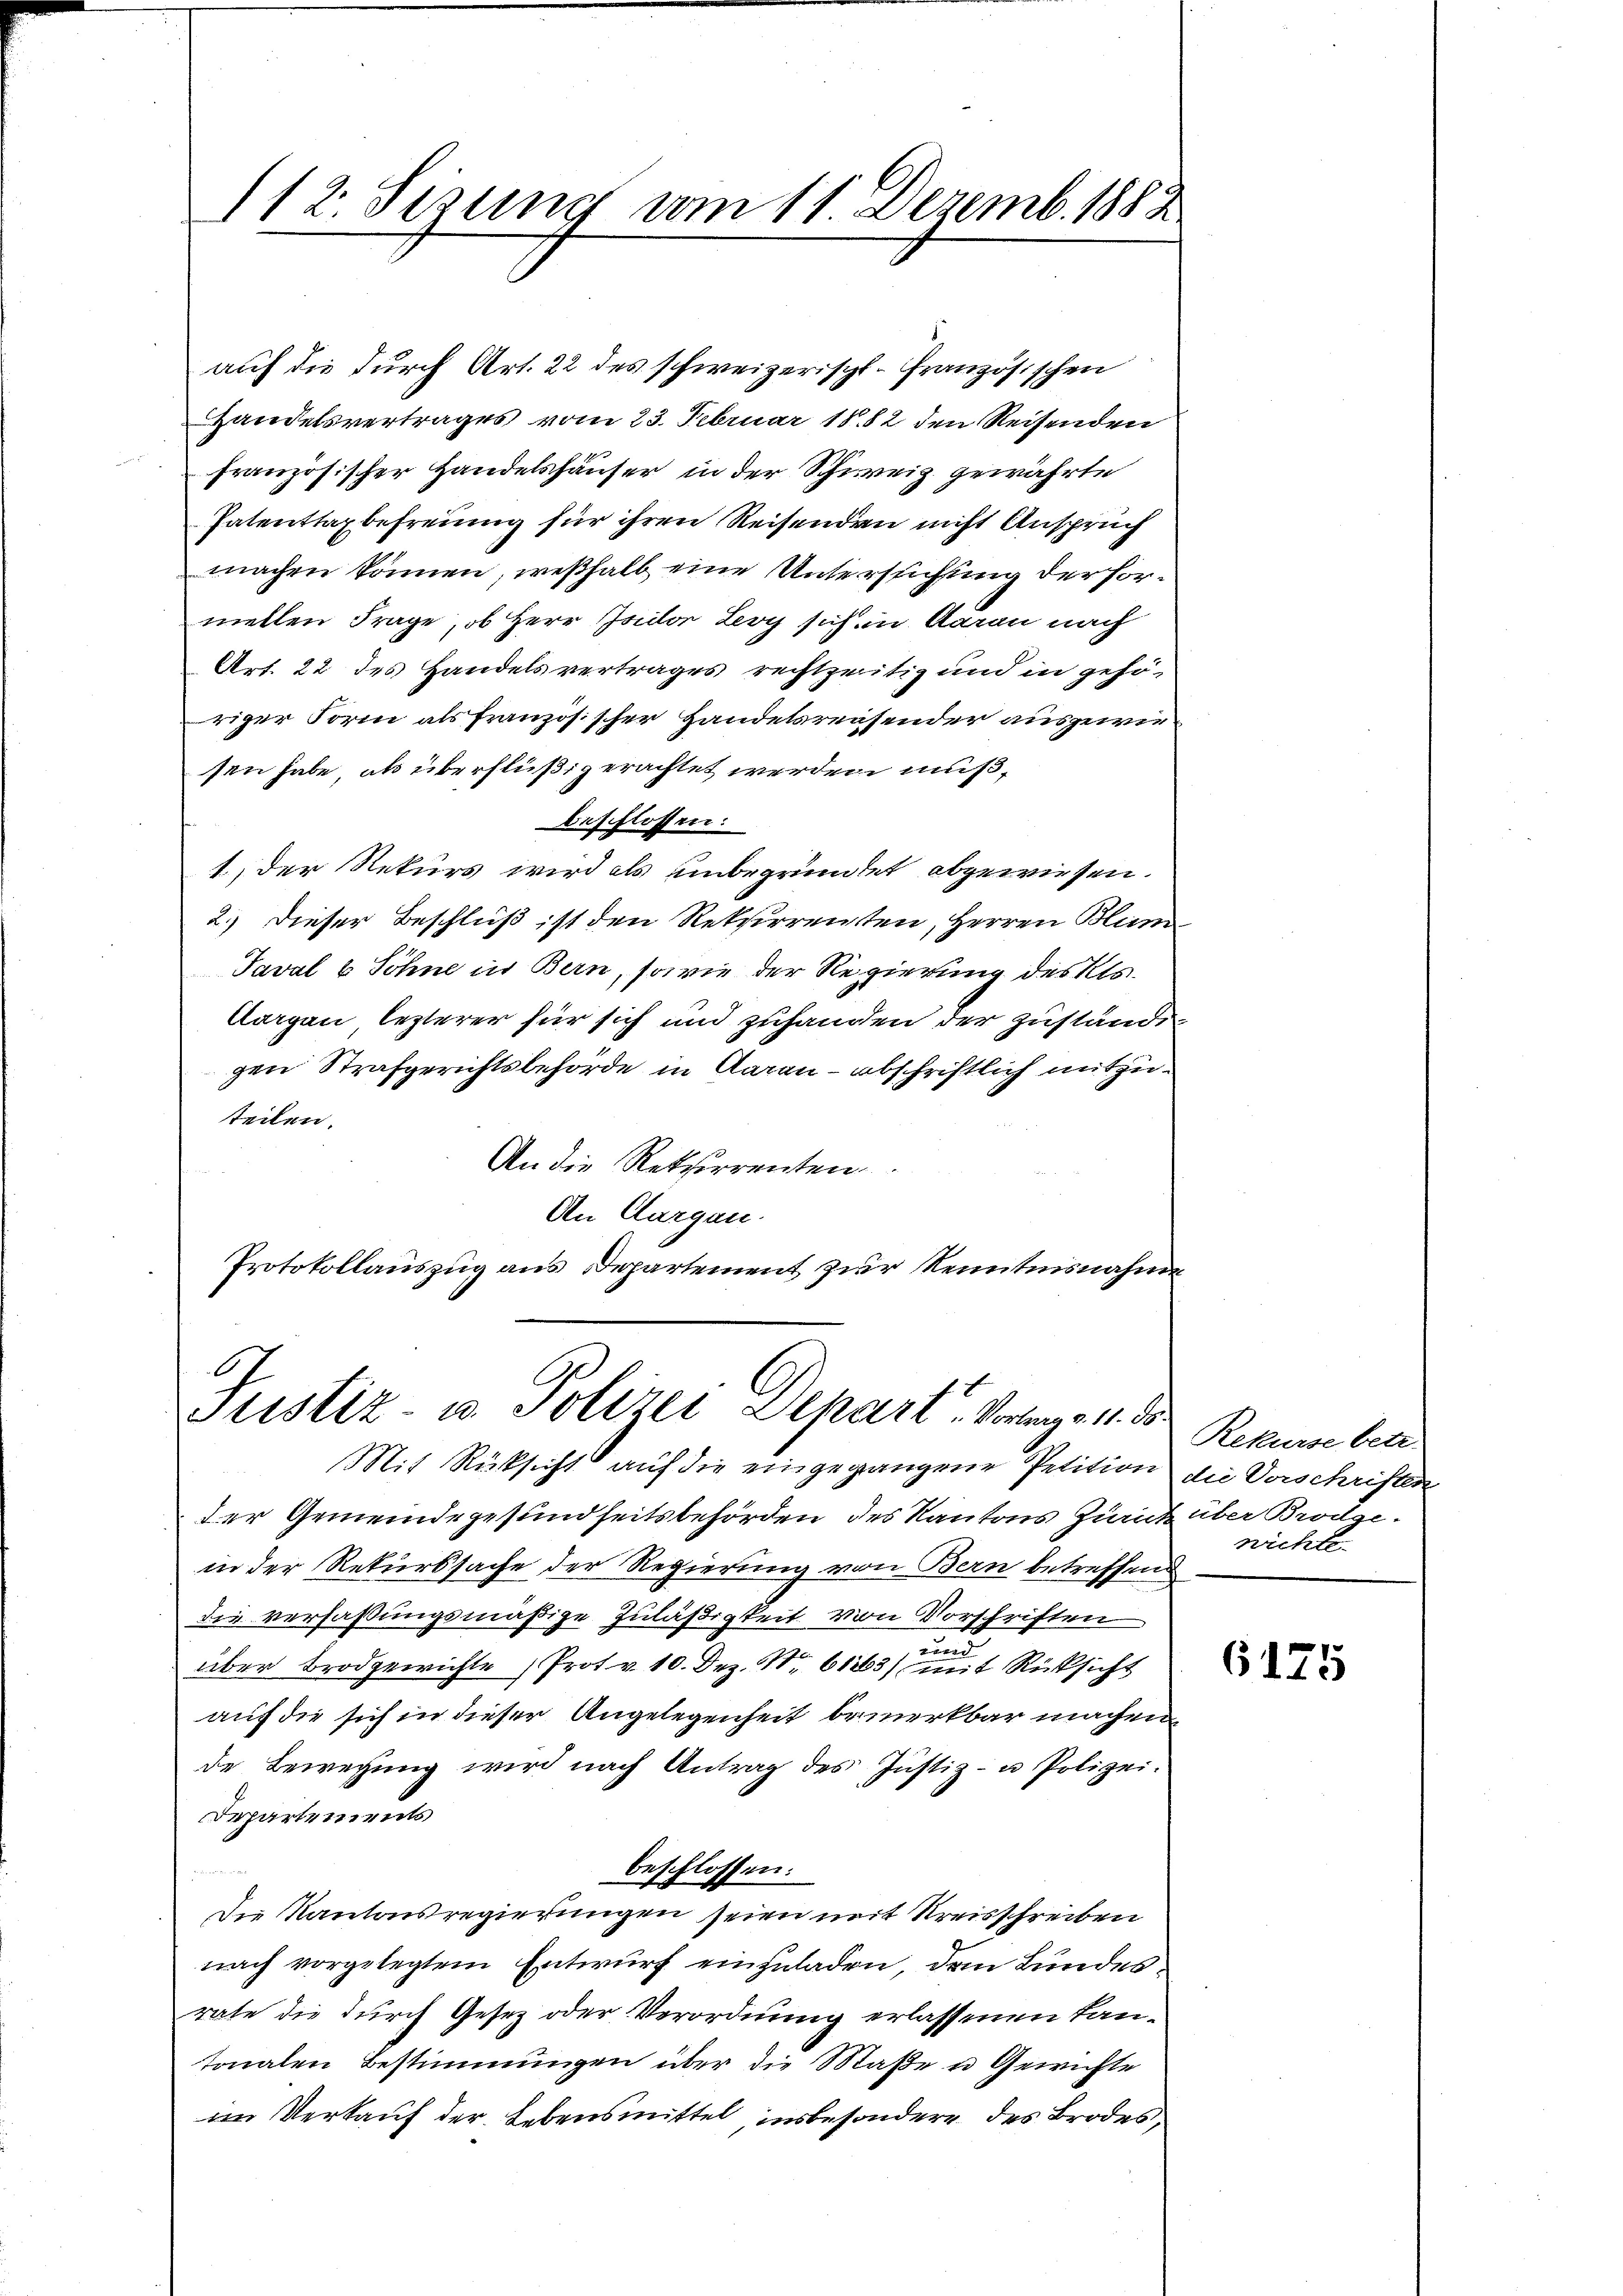
112. Sisung vom 11. Dezemb. 1882.

auf die durch Art. 22 des schweizerischt. Französischen
Handelsvertrages vom 23. Februar 1882 den Reisenden
französischer Handelshäuser in der Schweiz gewährte
Patenttaxbefreiung für ihren Reisenden nicht Anspruch
machen können, weßhalb eine Untersuchung der formellen Frage, ob Herr Isidor Levy sich in Aarau nach
Art. 22 des Handelsvertrages rechtzeitig und in gehö-
riger Form als Französischer Handelsreisender auszuwersen habe, als überflüßig erachtet werden muß,
beschlossen:
1.) Der Rekurs wird als unbegründet abgewiesen.
2.) Dieser Beschluß ist den Reksirrenten, Herren Blum
Taval & Söhne in Bern, sowie der Regierung des Kts.
Aargau lezterer für sich und zuhanden der Zustände
gen Strafgerichtsbehörde in Aarau - abschriftlich mitzuteilen.
An die Rektorrenten
An Aargau.
Protokollauszug aus Departement zur Kenntnisnahme

Justiz- u. Polizei Depart. Vorlage 1. d.
Mit Rücksicht auf die eingegangene Petition die Vorschriften

der Gemeindegesundheitsbehörden des Kantons Zürich über Brodge-
in der Rekurssache der Regierung von Bern betreffend
die verfaßungsmäßige Zuläßigkeit von Vorschriften
e
über Brodgewichte Prot v. 10. Dez. S. 61263) mit Rücksicht
auf die sich in dieser Angelegenheit bemerkbar machen
de Bewegung wird nach Antrag des Justiz- u Polizei.
Departements
beschlossen:
Die Kantonsregierungen seien mit Kreisschreiben
nach vorgelegtem Entwurf einzuladen, dem Bundesrate die durch Gesetz oder Verordnung erlassenen Lantonalen Bestimmungen über die Maße u Gewichte
im Verkauf der Lebensmittel, insbesondere des Brodes

Rekurse betr.
nichte.

6175